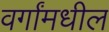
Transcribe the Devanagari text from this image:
वर्गांमधील